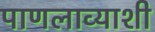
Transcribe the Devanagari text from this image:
पाणलाव्याशी